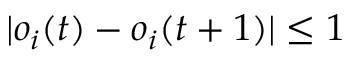
| o _ { i } ( t ) - o _ { i } ( t + 1 ) | \leq 1